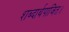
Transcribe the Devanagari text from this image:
शब्दार्थपाजित।